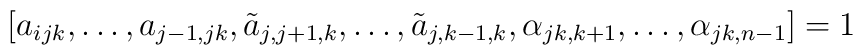
[a_{ijk},\dots ,a_{j-1,jk},\tilde{a}_{j,j+1,k},\dots,\tilde{a}_{j,k-1,k},\alpha_{jk,k+1},\dots ,\alpha_{jk,n-1}] = 1